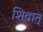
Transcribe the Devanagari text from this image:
शिवात्